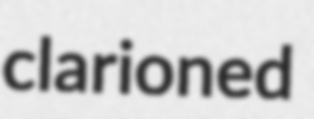
clarioned